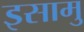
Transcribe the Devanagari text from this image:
इसामु